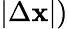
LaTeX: |\Delta\mathbf{x}|)